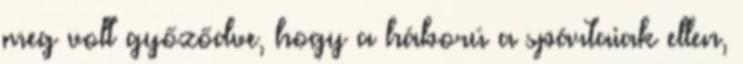
meg volt győződve, hogy a háború a spártaiak ellen,